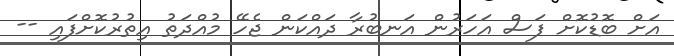
އަށް ބޮޑުކޮށް ފަސް އަހަރުން އަނބުރާ ދައްކަން ޖެހޭ މުއްދަތު އިތުރުކޮށްފައި --